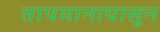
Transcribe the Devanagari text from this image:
तापमानापासून